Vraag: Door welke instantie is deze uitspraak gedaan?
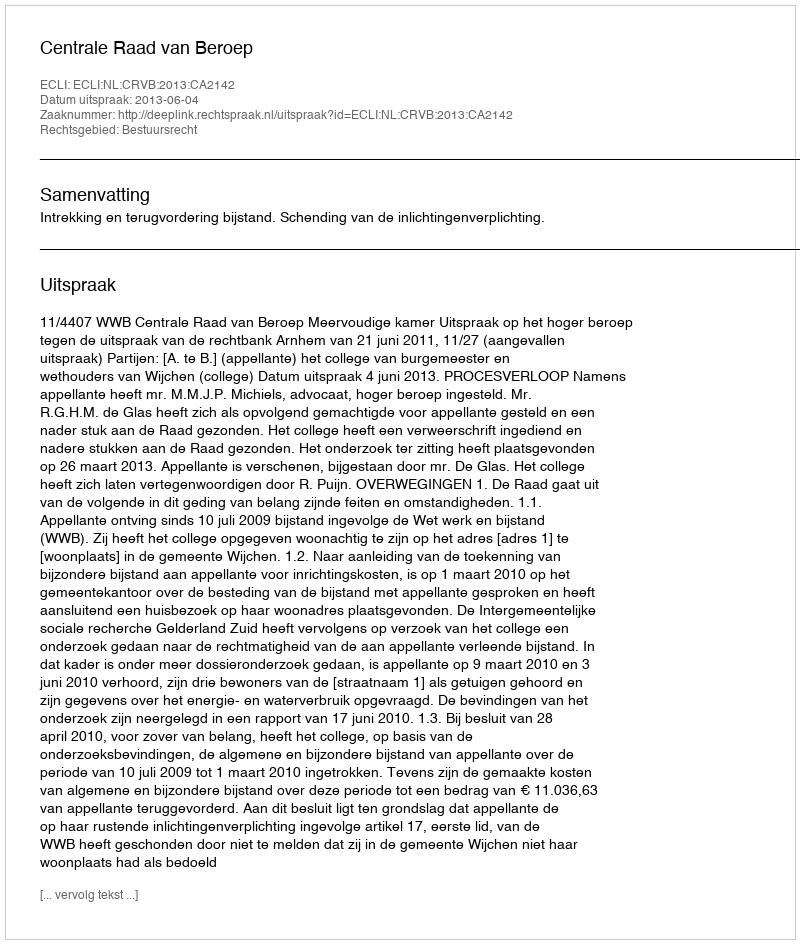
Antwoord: Centrale Raad van Beroep